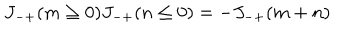
J _ { - + } ( m \ge 0 ) J _ { - + } ( n \le 0 ) = - J _ { - + } ( m + n )